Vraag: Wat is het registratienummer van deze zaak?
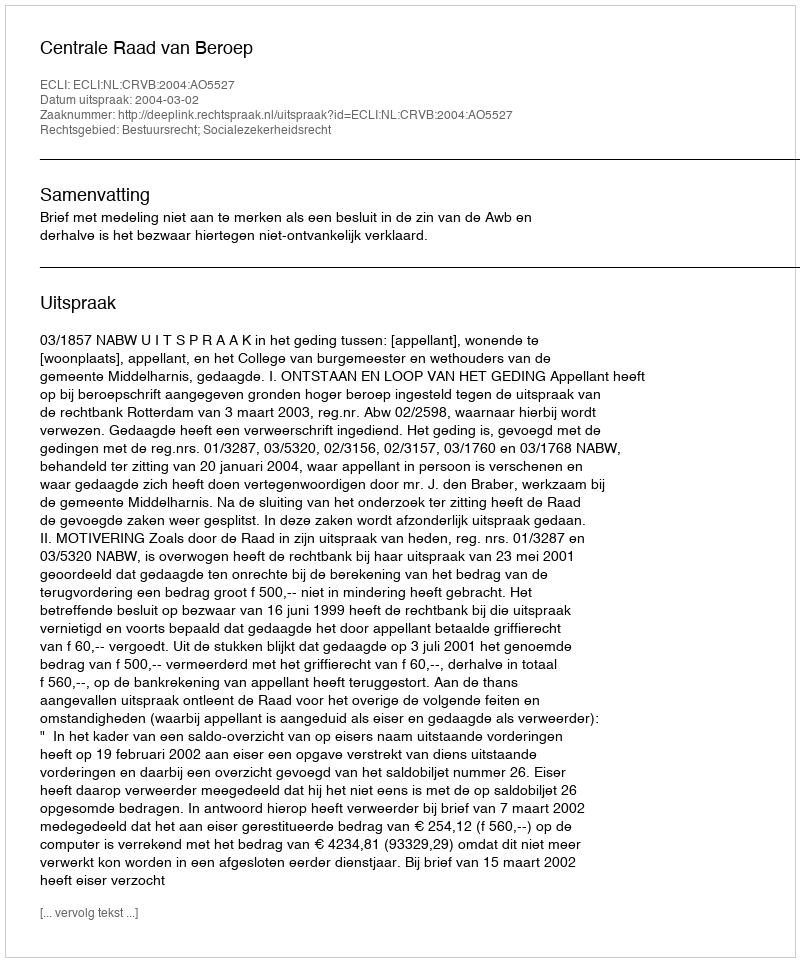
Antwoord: http://deeplink.rechtspraak.nl/uitspraak?id=ECLI:NL:CRVB:2004:AO5527